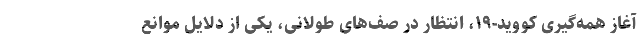
آغاز همه‌گیری کووید-۱۹، انتظار در صف‌های طولانی، یکی از دلایل موانع